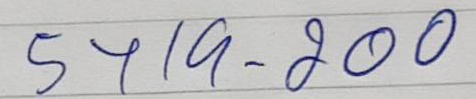
5719 - 200